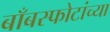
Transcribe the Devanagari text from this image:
बाँबस्फोटांच्या